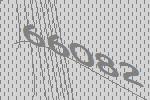
66082